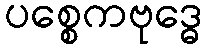
ပစ္စေကဗုဒ္ဓေ